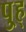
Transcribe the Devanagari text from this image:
पु्ह्